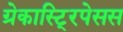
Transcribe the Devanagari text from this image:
ग्रेकास्टि्रपेसस